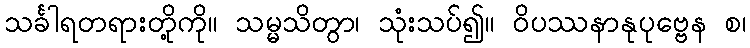
သင်္ခါရတရားတို့ကို။ သမ္မသိတွာ၊ သုံးသပ်၍။ ဝိပဿနာနုပုဗ္ဗေန စ၊